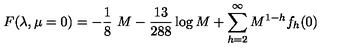
F ( \lambda , \mu = 0 ) = - { \frac { 1 } { 8 } } \ M - { \frac { 1 3 } { 2 8 8 } } \log M + \sum _ { h = 2 } ^ { \infty } M ^ { 1 - h } f _ { h } ( 0 )